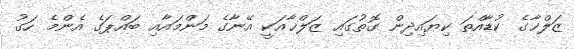
ޒަލްޚާގެ ކުޑާއްތަ ކިޔައިދިން ގޮތުގައި ޒަލްޚާއަކީ އޭނާގެ މަންމައާއި ބައްޕަގެ އެންމެ ހަގު